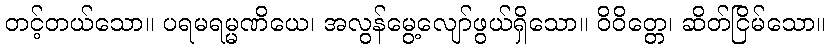
တင့်တယ်သော။ ပရမရမ္မဏိယေ၊ အလွန်မွေ့လျော်ဖွယ်ရှိသော။ ဝိဝိတ္တေ၊ ဆိတ်ငြိမ်သော။